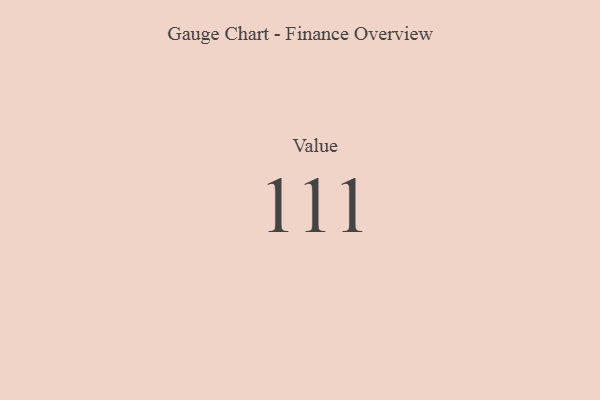
{"axis": {"x": "Metric", "y": "Value"}, "legend": [""], "data": [{"x": "Value", "y": 111, "type": ""}]}